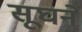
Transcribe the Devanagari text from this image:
सूघने